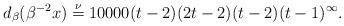
LaTeX: \begin{align*}d_{\beta}(\beta^{-2}x) \overset{\nu}{=} 10 000 (t-2)(2t-2)(t-2)(t-1)^{\infty}. \end{align*}